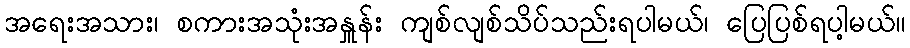
အရေးအသား၊ စကားအသုံးအနှူန်း ကျစ်လျစ်သိပ်သည်းရပါမယ်၊ ပြေပြစ်ရပါ့မယ်။